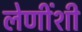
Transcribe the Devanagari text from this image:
लेणींशी